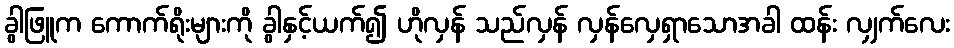
ခွါဖြူက ကောက်ရိုးများကို ခွါနှင့်ယက်၍ ဟိုလှန် သည်လှန် လှန်လှေရှာသောအခါ ထန်း လျှက်လေး